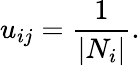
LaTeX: u_{ij}=\frac{1}{|N_{i}|}.